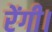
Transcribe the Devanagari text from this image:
रेंगी।